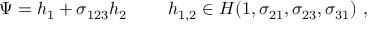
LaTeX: \Psi = h _ { 1 } + \sigma _ { 1 2 3 } h _ { 2 } ~ ~ ~ ~ ~ ~ ~ h _ { 1 , 2 } \in { \cal H } ( 1 , \sigma _ { 2 1 } , \sigma _ { 2 3 } , \sigma _ { 3 1 } ) ~ ,